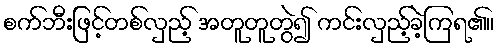
စက်ဘီးဖြင့်တစ်လှည့် အတူတူတွဲ၍ ကင်းလှည့်ခဲ့ကြရ၏။